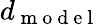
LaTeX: d_{\mathrm{~m~o~d~e~l~}}